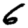
Digit: 6